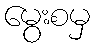
မွေးစမှ